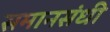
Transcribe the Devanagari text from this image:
समानसंधी